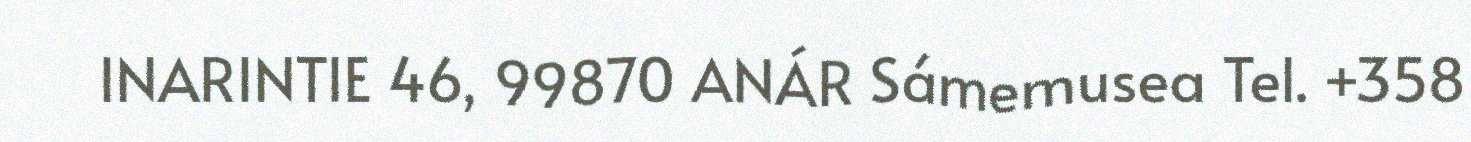
INARINTIE 46, 99870 ANÁR Sámemusea Tel. +358